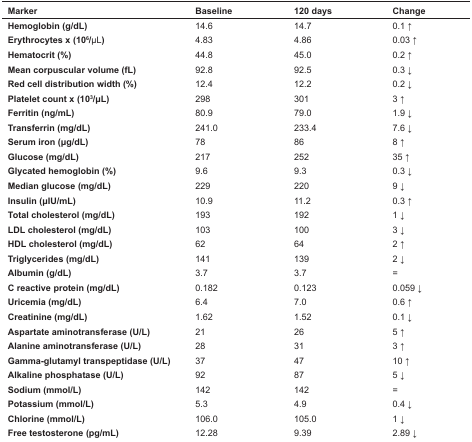
<table><thead><tr><td><b>Marker</b></td><td><b>Baseline</b></td><td><b>120 days</b></td><td><b>Change</b></td></tr></thead><tbody><tr><td><b>Hemoglobin (g/dL)</b></td><td>14.6</td><td>14.7</td><td>0.1 ↑</td></tr><tr><td><b>Erythrocytes x 10</b><sup>6</sup><b>/</b>μL<b>)</b></td><td>4.83</td><td>4.86</td><td>0.03 ↑</td></tr><tr><td><b>Hematocrit (%)</b></td><td>44.8</td><td>45.0</td><td>0.2 ↑</td></tr><tr><td><b>Mean corpuscular volume (fL)</b></td><td>92.8</td><td>92.5</td><td>0.3 ↓</td></tr><tr><td><b>Red cell distribution width (%)</b></td><td>12.4</td><td>12.2</td><td>0.2 ↓</td></tr><tr><td><b>Platelet count x (10</b><sup>3</sup><b>/μL)</b></td><td>298</td><td>301</td><td>3 ↑</td></tr><tr><td><b>Ferritin (ng/mL)</b></td><td>80.9</td><td>79.0</td><td>1.9 ↓</td></tr><tr><td><b>Transferrin (mg/dL)</b></td><td>241.0</td><td>233.4</td><td>7.6 ↓</td></tr><tr><td><b>Serum iron (μg/dL)</b></td><td>78</td><td>86</td><td>8 ↑</td></tr><tr><td><b>Glucose (mg/dL)</b></td><td>217</td><td>252</td><td>35 ↑</td></tr><tr><td><b>Glycated hemoglobin (%)</b></td><td>9.6</td><td>9.3</td><td>0.3 ↓</td></tr><tr><td><b>Median glucose (mg/dL)</b></td><td>229</td><td>220</td><td>9 ↓</td></tr><tr><td><b>Insulin (μIU/mL)</b></td><td>10.9</td><td>11.2</td><td>0.3 ↑</td></tr><tr><td><b>Total cholesterol (mg/dL)</b></td><td>193</td><td>192</td><td>1 ↓</td></tr><tr><td><b>LDL cholesterol (mg/dL)</b></td><td>103</td><td>100</td><td>3 ↓</td></tr><tr><td><b>HDL cholesterol (mg/dL)</b></td><td>62</td><td>64</td><td>2 ↑</td></tr><tr><td><b>Triglycerides (mg/dL)</b></td><td>141</td><td>139</td><td>2 ↓</td></tr><tr><td><b>Albumin (g/dL)</b></td><td>3.7</td><td>3.7</td><td>=</td></tr><tr><td><b>C reactive protein (mg/dL)</b></td><td>0.182</td><td>0.123</td><td>0.059 ↓</td></tr><tr><td><b>Uricemia (mg/dL)</b></td><td>6.4</td><td>7.0</td><td>0.6 ↑</td></tr><tr><td><b>Creatinine (mg/dL)</b></td><td>1.62</td><td>1.52</td><td>0.1 ↓</td></tr><tr><td><b>Aspartate aminotransferase (U/L)</b></td><td>21</td><td>26</td><td>5 ↑</td></tr><tr><td><b>Alanine aminotransferase (U/L)</b></td><td>28</td><td>31</td><td>3 ↑</td></tr><tr><td><b>Gamma-glutamyl transpeptidase (U/L)</b></td><td>37</td><td>47</td><td>10 ↑</td></tr><tr><td><b>Alkaline phosphatase (U/L)</b></td><td>92</td><td>87</td><td>5 ↓</td></tr><tr><td><b>Sodium (mmol/L)</b></td><td>142</td><td>142</td><td>=</td></tr><tr><td><b>Potassium (mmol/L)</b></td><td>5.3</td><td>4.9</td><td>0.4 ↓</td></tr><tr><td><b>Chlorine (mmol/L)</b></td><td>106.0</td><td>105.0</td><td>1 ↓</td></tr><tr><td><b>Free testosterone (pg/mL)</b></td><td>12.28</td><td>9.39</td><td>2.89 ↓</td></tr></tbody></table>